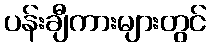
ပန်းချီကားများတွင်